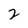
Character: 2